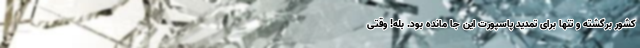
کشور برگشته و تنها برای تمدید پاسپورت این جا مانده بود. بله! وقتی